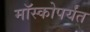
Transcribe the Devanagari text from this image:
मॉस्कोपर्यंत